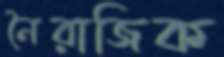
নৈরাজিক